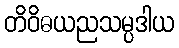
တိဝိဓယညသမ္ပဒါယ